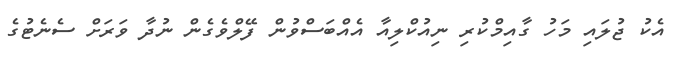
އެކު ޖުލައި މަހު ގާއިމްކުރި ނިއުކްލިއާ އެއްބަސްވުން ފޭލްވެގެން ނުދާ ވަރަށް ސެނެޓުގެ